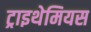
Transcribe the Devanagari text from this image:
ट्राइथेमियस